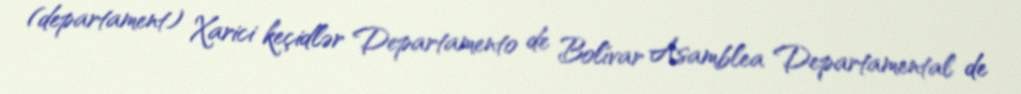
(departament) Xarici keçidlər Departamento de Bolívar Asamblea Departamental de